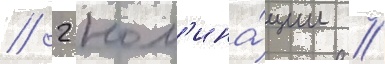
// 2 ном'ина́ции //